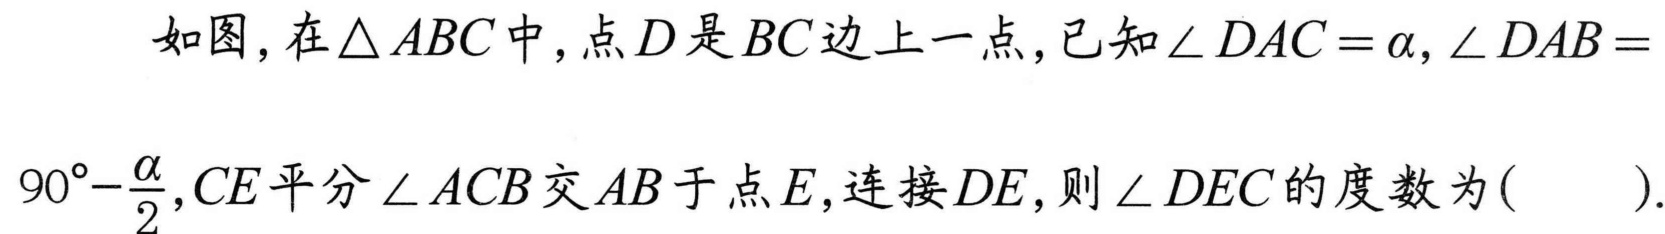
如图，在$\triangle ABC$中，点$D$是$BC$边上一点，已知$\angle DAC=\alpha,\angle DAB = 90^{\circ}-\dfrac{\alpha}{2},CE$平分$\angle ACB$交$AB$于点$E$，连接$DE$，则$\angle DEC$的度数为( ).